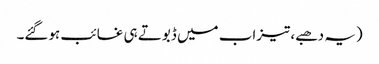
(یہ دھبے، تیزاب میں ڈبوتے ہی غائب ہوگئے۔